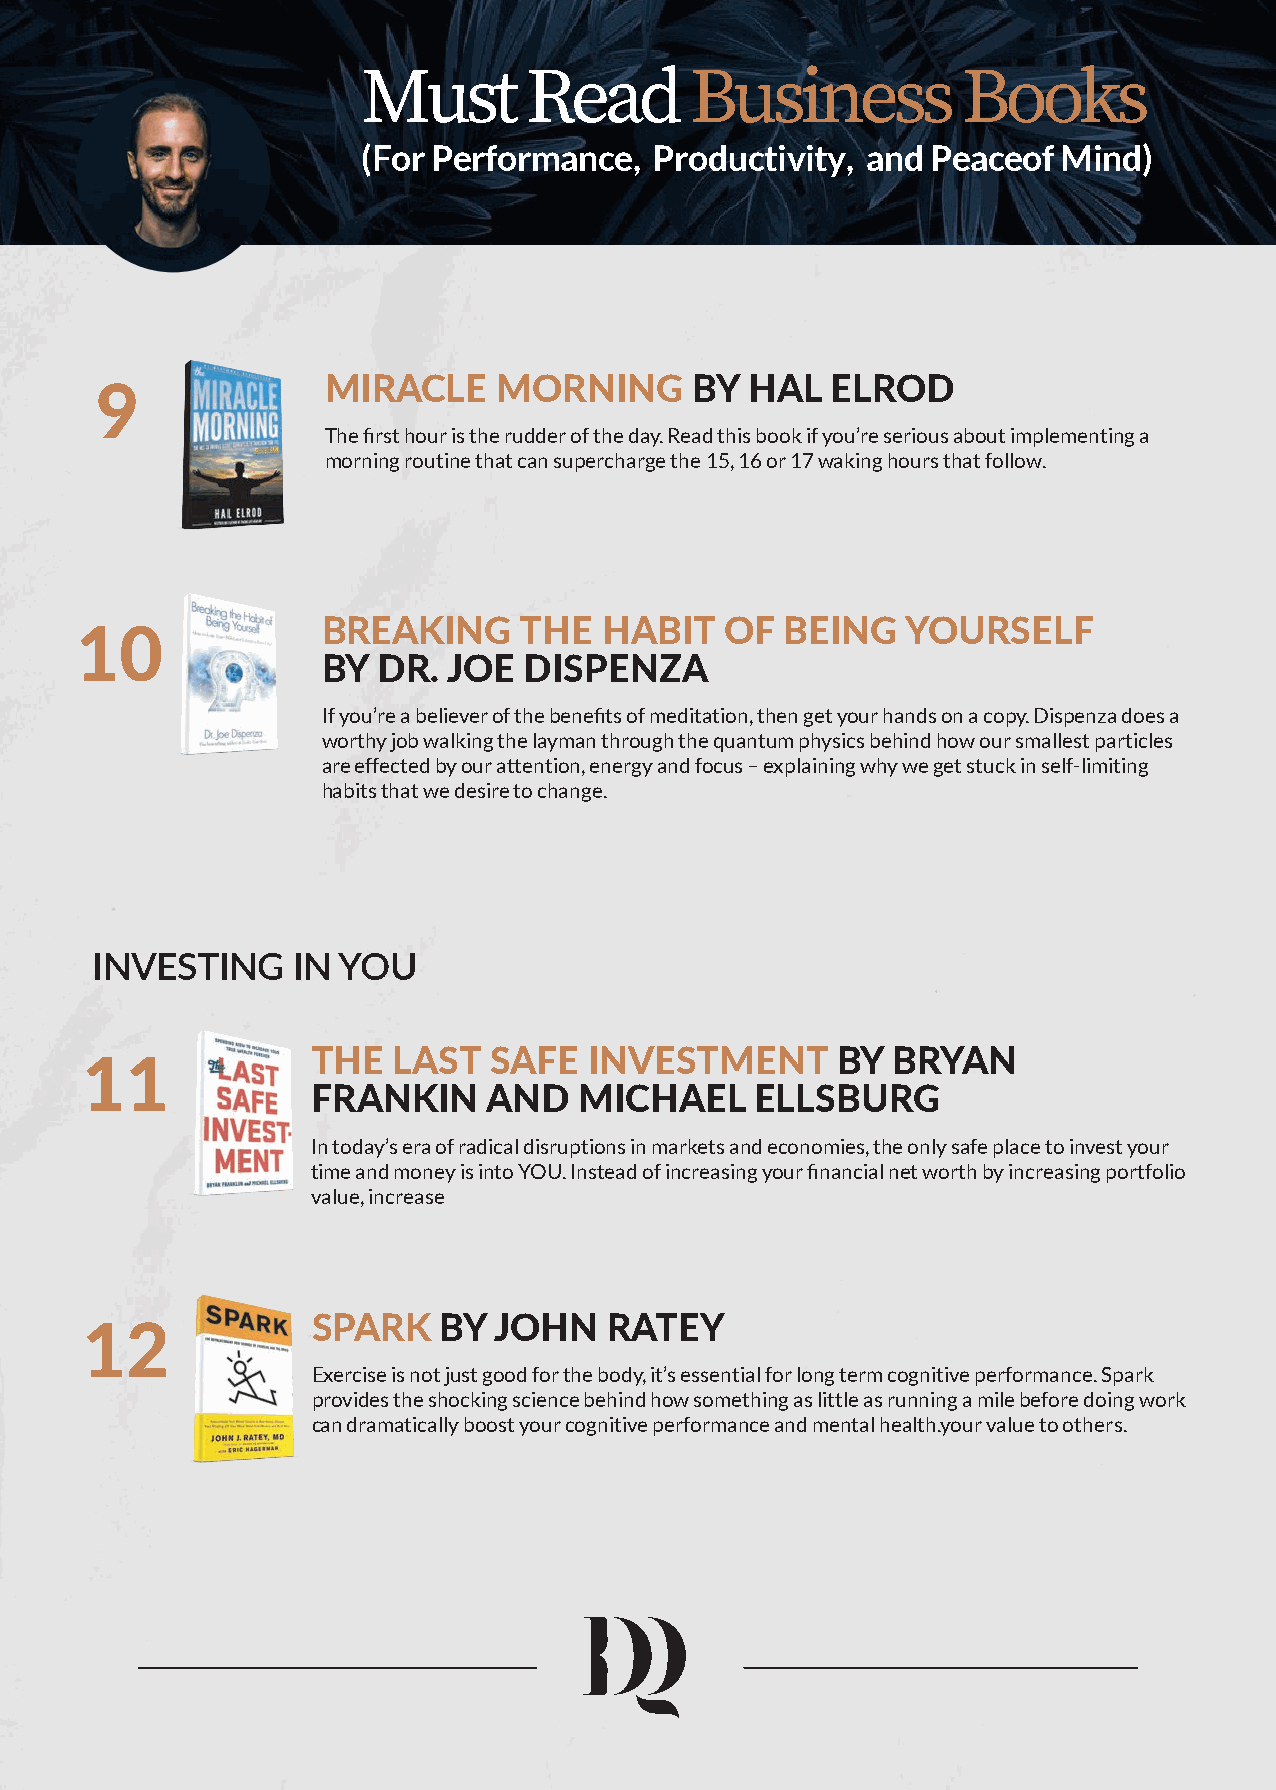
Must       Read       Business          Books
 (For Performance,  Productivity, and  Peaceof Mind)
 MIRACLE     MORNING      BY  HAL  ELROD
 9
 The first hour is the rudder of the day. Read this book if you’re serious about implementing a
 morning routine that can supercharge the 15, 16 or 17 waking hours that follow.
 BREAKING     THE   HABIT   OF  BEING   YOURSELF
 10
 BY  DR.  JOE  DISPENZA
 If you’re a believer of the benefits of meditation, then get your hands on a copy. Dispenza does a
 worthy job walking the layman through the quantum physics behind how our smallest particles
 are effected by our attention, energy and focus – explaining why we get stuck in self-limiting
 habits that we desire to change.
 INVESTING    IN YOU
 THE  LAST  SAFE   INVESTMENT      BY  BRYAN
 11
 FRANKIN    AND   MICHAEL     ELLSBURG
 In today’s era of radical disruptions in markets and economies, the only safe place to invest your
 time and money is into YOU. Instead of increasing your financial net worth by increasing portfolio
 value, increase
 SPARK   BY  JOHN   RATEY
 12
 Exercise is not just good for the body, it’s essential for long term cognitive performance. Spark
 provides the shocking science behind how something as little as running a mile before doing work
 can dramatically boost your cognitive performance and mental health.your value to others.